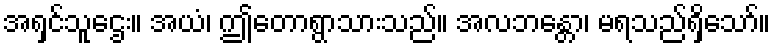
အရှင်သူဌေး။ အယံ၊ ဤတောရွာသားသည်။ အလဘန္တော၊ မရသည်ရှိသော်။